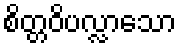
စိတ္တဝိပလ္လာသော